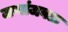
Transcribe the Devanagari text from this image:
जणांजवळ